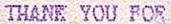
THANK YOU FOR